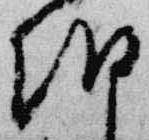
朝